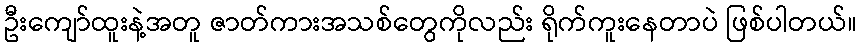
ဦးကျော်ထူးနဲ့အတူ ဇာတ်ကားအသစ်တွေကိုလည်း ရိုက်ကူးနေတာပဲ ဖြစ်ပါတယ်။